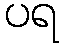
ပရ